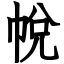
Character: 帨